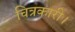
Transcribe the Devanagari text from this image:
चित्रकारी।